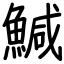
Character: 鰔